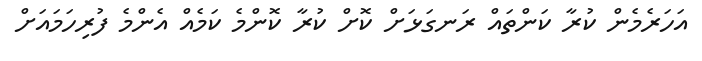
އަހަރެމެން ކުރާ ކަންތައް ރަނގަޅަށް ކޮށް ކުރާ ކޮންމެ ކަމެއް އެންމެ ފުރިހަމައަށް